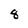
Character: 8